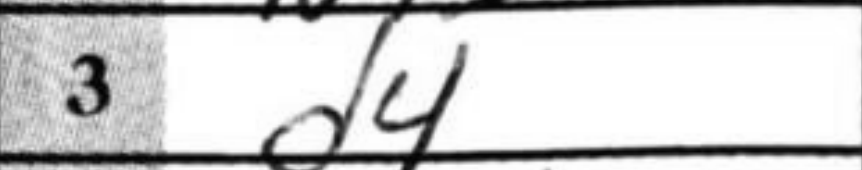
Transcription: d4